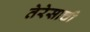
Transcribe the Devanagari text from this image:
तेरेसाची